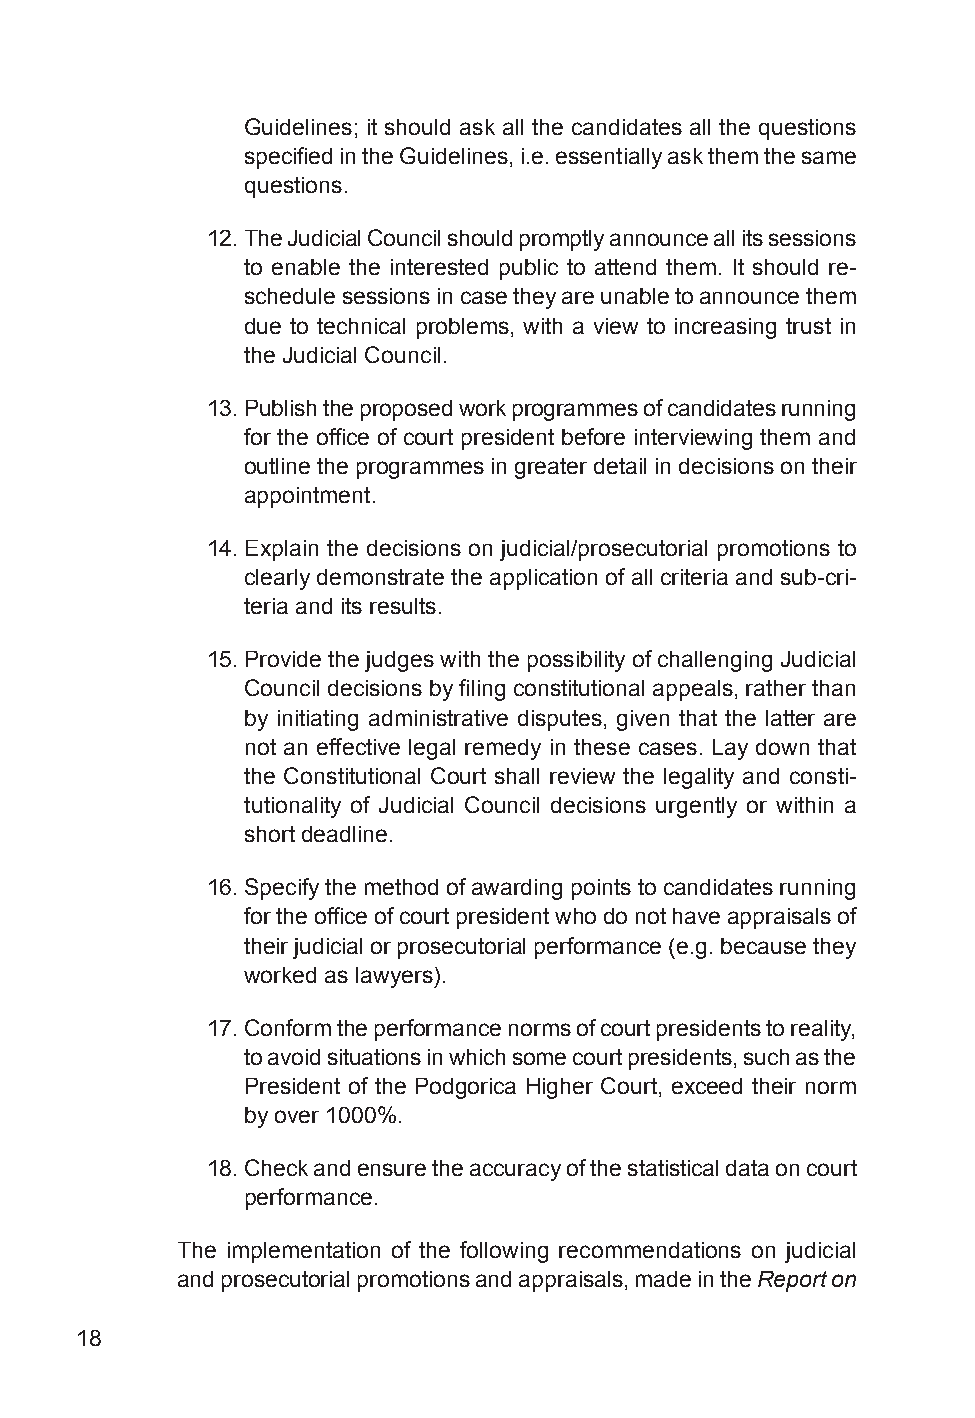
Guidelines; it should ask all the candidates all the questions
 specified in the Guidelines, i.e. essentially ask them the same
 questions.
 12. The Judicial Council should promptly announce all its sessions
 to enable the interested public to attend them. It should re-
 schedule sessions in case they are unable to announce them
 due to technical problems, with a view to increasing trust in
 the Judicial Council.
 13. Publish the proposed work programmes of candidates running
 for the office of court president before interviewing them and
 outline the programmes in greater detail in decisions on their
 appointment.
 14. Explain the decisions on judicial/prosecutorial promotions to
 clearly demonstrate the application of all criteria and sub-cri-
 teria and its results.
 15. Provide the judges with the possibility of challenging Judicial
 Council decisions by filing constitutional appeals, rather than
 by initiating administrative disputes, given that the latter are
 not an effective legal remedy in these cases. Lay down that
 the Constitutional Court shall review the legality and consti-
 tutionality of Judicial Council decisions urgently or within a
 short deadline.
 16. Specify the method of awarding points to candidates running
 for the office of court president who do not have appraisals of
 their judicial or prosecutorial performance (e.g. because they
 worked as lawyers).
 17. Conform the performance norms of court presidents to reality,
 to avoid situations in which some court presidents, such as the
 President of the Podgorica Higher Court, exceed their norm
 by over 1000%.
 18. Check and ensure the accuracy of the statistical data on court
 performance.
 The implementation of the following recommendations on judicial
 and prosecutorial promotions and appraisals, made in the Report on
 18